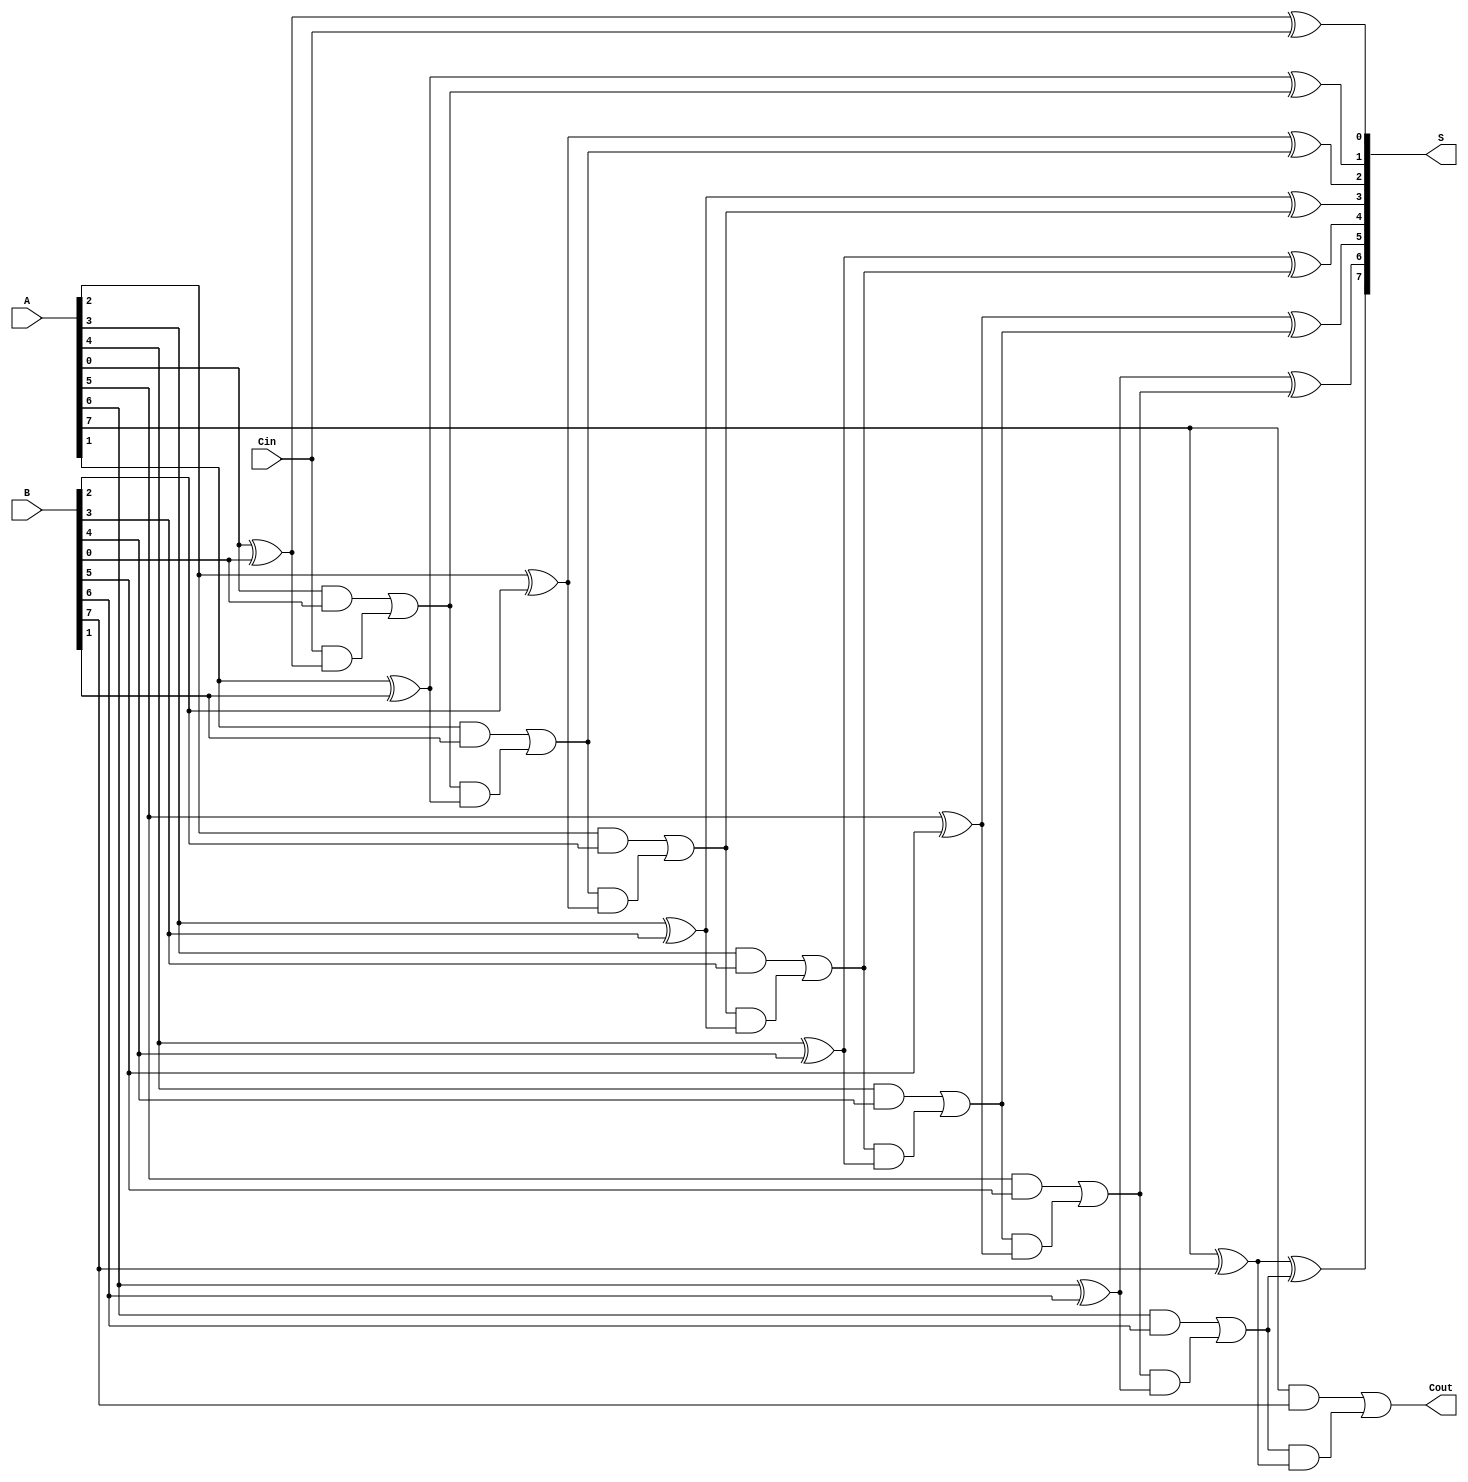
module ManchesterCarryChainAdder #(parameter N = 8) (
    input  wire [N-1:0] A,      // First n-bit input
    input  wire [N-1:0] B,      // Second n-bit input
    input  wire Cin,             // Carry-in
    output wire [N-1:0] S,       // n-bit sum output
    output wire Cout             // Carry-out
);
    // Internal wires for carry signals
    wire [N:0] carry; // carry[N] will be the Cout

    // Assign initial carry
    assign carry[0] = Cin;

    // Full adder logic for each bit
    genvar i;
    generate
        for (i = 0; i < N; i = i + 1) begin : full_adder
            wire sum, carry_out;

            // Full adder implementation
            assign sum = A[i] ^ B[i] ^ carry[i];
            assign carry_out = (A[i] & B[i]) | (carry[i] & (A[i] ^ B[i]));

            assign S[i] = sum;
            assign carry[i + 1] = carry_out; // Carry out to the next bit
        end
    endgenerate

    // Final carry out
    assign Cout = carry[N];

endmodule